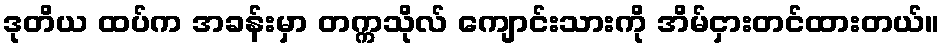
ဒုတိယ ထပ်က အခန်းမှာ တက္ကသိုလ် ကျောင်းသားကို အိမ်ငှားတင်ထားတယ်။